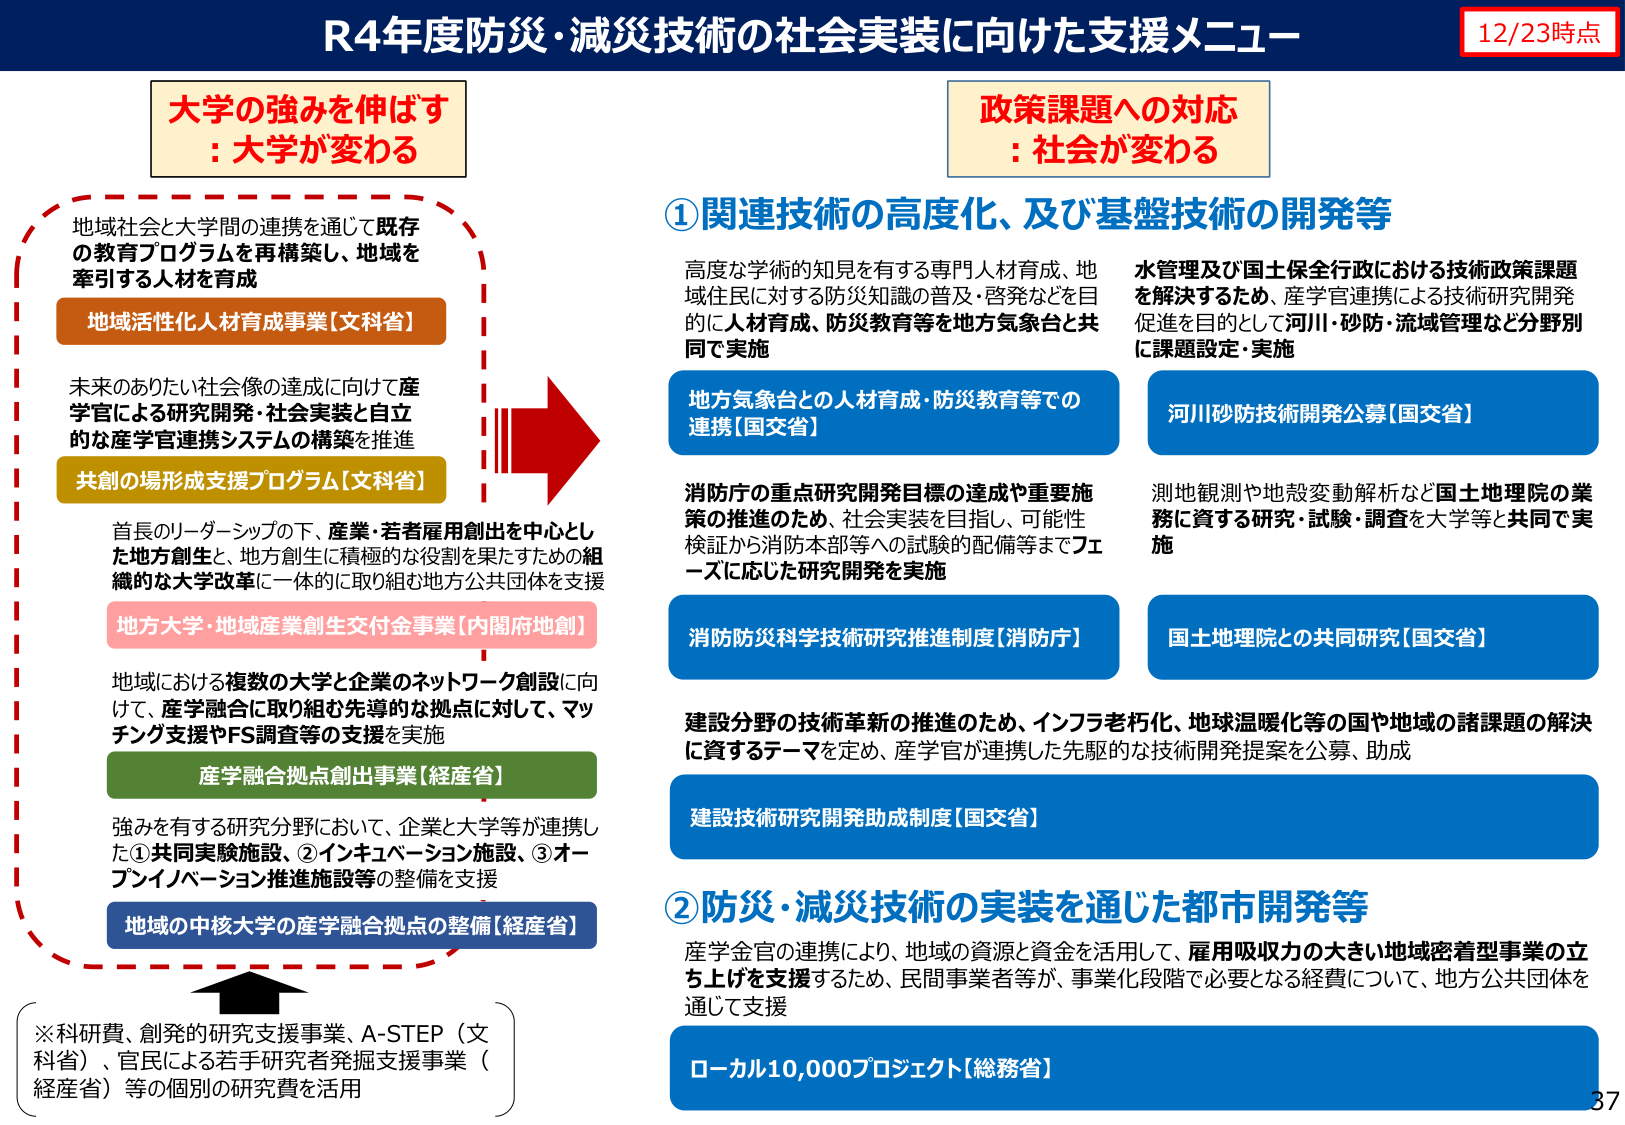
R4年度防災・減災技術の社会実装に向けた支援メニュー
12/23時点

大学の強みを伸ばす
: 大学が変わる

地域社会と大学間の連携を通じて既存
の教育プログラムを再構築し、地域を
牽引する人材を育成
地域活性化人材育成事業【文科省】

未来のありたい社会像の達成に向けて産
学官による研究開発・社会実装と自立
的な産学官連携システムの構築を推進
共創の場形成支援プログラム【文科省】

首長のリーダーシップの下、産業・若者雇用創出を中心とし
た地方創生と、地方創生に積極的な役割を果たすための組
織的な大学改革に一体的に取り組む地方公共団体を支援
地方大学・地域産業創生交付金事業【内閣府地創】

地域における複数の大学と企業のネットワーク創設に向
けて、産学融合に取り組む先導的な拠点に対して、マッ
チング支援やFS調査等の支援を実施
産学融合拠点創出事業【経産省】

強みを有する研究分野において、企業と大学等が連携し
た①共同実験施設、②インキュベーション施設、③オー
プンイノベーション推進施設等の整備を支援
地域の中核大学の産学融合拠点の整備【経産省】

※科研費、創発的研究支援事業、A-STEP（文科省）、官民による若手研究者発掘支援事業（経産省）等の個別の研究費を活用

政策課題への対応
: 社会が変わる

①関連技術の高度化、及び基盤技術の開発等

高度な学術的知見を有する専門人材育成、地
域住民に対する防災知識の普及・啓発などを目
的に人材育成、防災教育等を地方気象台と共
同で実施
地方気象台との人材育成・防災教育等での
連携【国交省】

消防庁の重点研究開発目標の達成や重要施
策の推進のため、社会実装を目指し、可能性
検証から消防本部等への試験的配備等までフェ
ーズに応じた研究開発を実施
消防防災科学技術研究推進制度【消防庁】

水管理及び国土保全行政における技術政策課題
を解決するため、産学官連携による技術研究開発
促進を目的として河川・砂防・流域管理など分野別
に課題設定・実施
河川砂防技術開発公募【国交省】

測地観測や地殻変動解析など国土地理院の業
務に資する研究・試験・調査を大学等と共同で実
施
国土地理院との共同研究【国交省】

建設分野の技術革新の推進のため、インフラ老朽化、地球温暖化等の国や地域の諸課題の解決
に資するテーマを定め、産学官が連携した先駆的な技術開発提案を公募、助成
建設技術研究開発助成制度【国交省】

②防災・減災技術の実装を通じた都市開発等

産学金官の連携により、地域の資源と資金を活用して、雇用吸収力の大きい地域密着型事業の立
ち上げを支援するため、民間事業者等が、事業化段階で必要となる経費について、地方公共団体を
通じて支援
ローカル10,000プロジェクト【総務省】

37